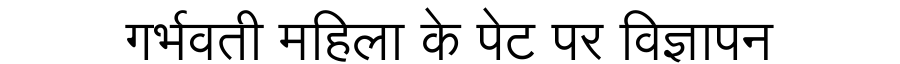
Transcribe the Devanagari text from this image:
गर्भवती महिला के पेट पर विज्ञापन